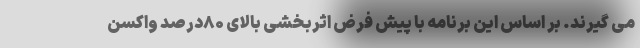
می گیرند. بر اساس این برنامه با پیش فرض اثربخشی بالای ۸۰درصد واکسن